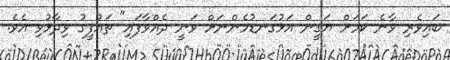
ބައިވެރި ވާނެ ކަމަށް ޔަގީން އަޅުގަނޑުމެންނަށް ވަނީ ދެއްވާފައި" ތައުފީގު ވިދާޅުވި އެވެ.